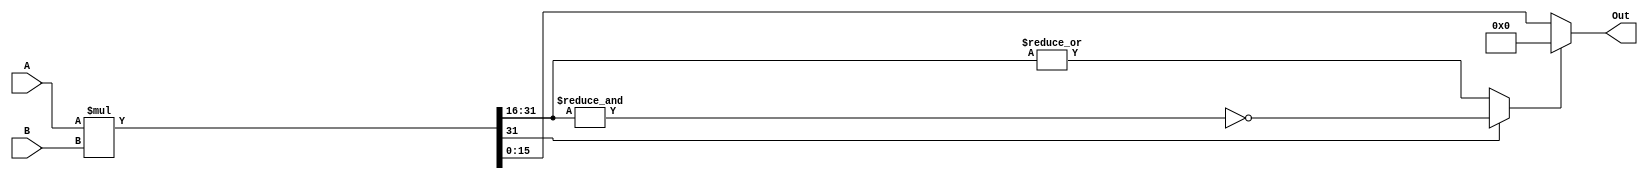
module mult_16(A, B, Out);
    input signed [15:0] A, B;
    output signed [15:0] Out;
    
    wire [31:0] mult_out;
    
    assign mult_out = A * B;
	 assign overflow = (mult_out[31]) ? ~(&mult_out[31:16]) : |mult_out[31:16];
    assign Out = overflow ? 16'd0 : mult_out[15:0];
endmodule